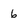
Character: 6